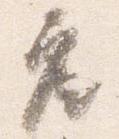
座